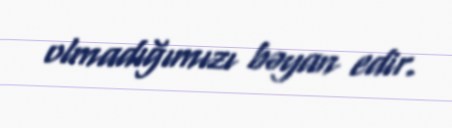
olmadığımızı bəyan edir.